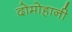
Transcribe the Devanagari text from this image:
दोमोहानी